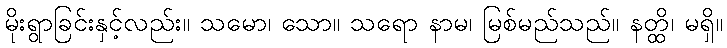
မိုးရွာခြင်းနှင့်လည်း။ သမော၊ သော။ သရော နာမ၊ မြစ်မည်သည်။ နတ္ထိ၊ မရှိ။